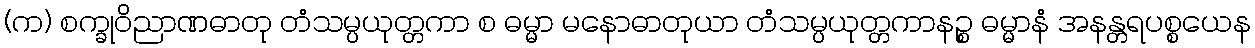
(က) စက္ခုဝိညာဏဓာတု တံသမ္ပယုတ္တကာ စ ဓမ္မာ မနောဓာတုယာ တံသမ္ပယုတ္တကာနဉ္စ ဓမ္မာနံ အနန္တရပစ္စယေန